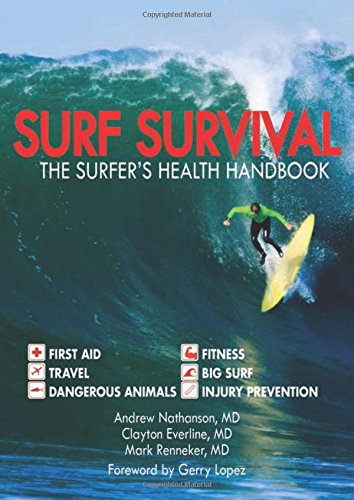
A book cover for Surf Survival: The Surfer's Health Handbook; Andrew Nathanson; Sports & Outdoors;